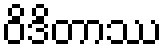
ဝိဒိတာဿ